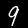
Digit: 9